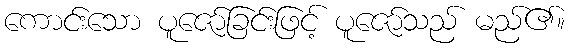
ကောင်းသော ပူဇော်ခြင်းဖြင့် ပူဇော်သည် မည်၏။